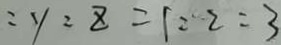
: y : z = 1 : 2 : 3